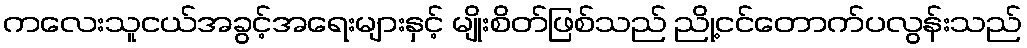
ကလေးသူငယ်အခွင့်အရေးများနှင့် မျိုးစိတ်ဖြစ်သည် ညို့ငင်တောက်ပလွန်းသည်